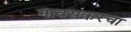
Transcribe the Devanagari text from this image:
गावसकरचा